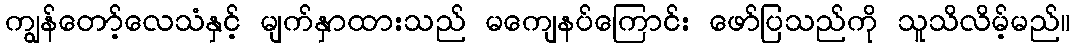
ကျွန်တော့်လေသံနှင့် မျက်နှာထားသည် မကျေနပ်ကြောင်း ဖော်ပြသည်ကို သူသိလိမ့်မည်။